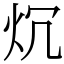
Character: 𤆤